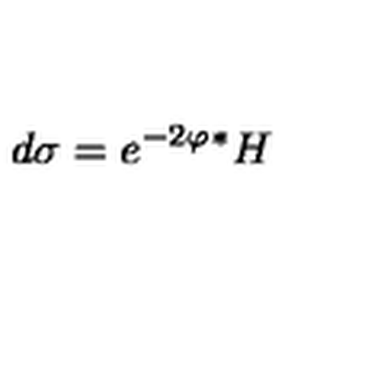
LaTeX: d \sigma = e ^ { - 2 \varphi } { ^ * } H